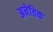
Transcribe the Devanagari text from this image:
अनेतिक